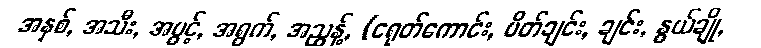
အနှစ်, အသီး, အပွင့်, အရွက်, အညွန့်, (ငရုတ်ကောင်း, ပိတ်ချင်း, ချင်း, နွယ်ချို,